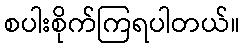
စပါးစိုက်ကြရပါတယ်။